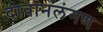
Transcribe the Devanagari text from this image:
दावानलंगण